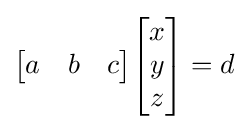
{\begin{bmatrix}a&b&c\end{bmatrix}}{\begin{bmatrix}x\\y\\z\end{bmatrix}}=d